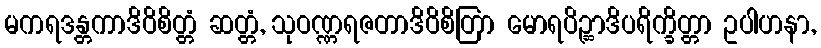
မကရဒန္တကာဒိဝိစိတ္တံ ဆတ္တံ, သုဝဏ္ဏရဇတာဒိဝိစိတြာ မောရပိဉ္ဆာဒိပရိက္ခိတ္တာ ဥပါဟနာ,